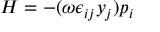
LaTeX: H = - ( \omega \epsilon _ { i j } y _ { j } ) p _ { i }